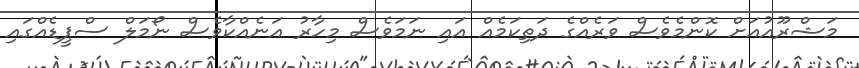
މަޝްރޫއުއަށް ކޮންމެވެސް ވަރެއްގެ ދަތިކަމެއް އައި ނަމަވެސް މިހާރު އަނެއްކާވެސް ނޯމަލް ސްޕީޑެއްގައި